Lunatic asylums Madras 1892-1911 - 1892-1911
Year: 1892
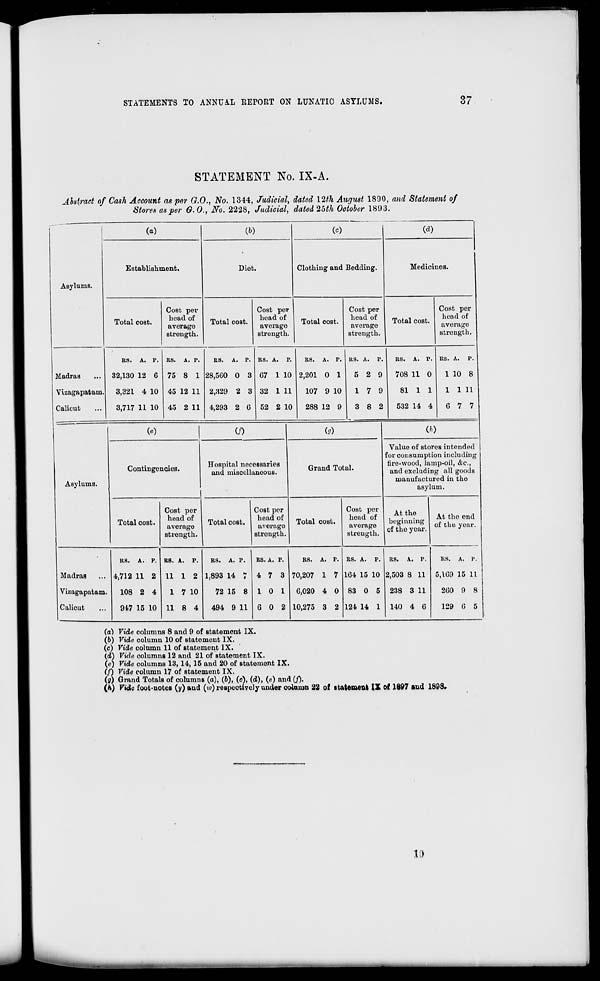
STATEMENTS TO ANNUAL REPORT ON LUNATIC ASYLUMS.
37
STATEMENT No. IX-A.
Abstract of Cash Account as per G.O., No. 1344, Judicial, dated 12th August 1890, and Statement of
Stores as per G.O., No. 2228, Judicial, dated 25th October 1893.
Asylums.
(o)
Establishment.
ifi)
Diet.
Total cost.
Cost per
head of
average
strength.
Total cost.
(<0
Clothing and Bedding.
(d)
Medicines.
Cost per
head of
average
strength.
Total cost.
Cost per
head of
average
strength.
Total cost.
Cost per
head of
average
strength.
Madras
Vizagapatam
Calicut
RS. A. P.
32,130 12 6
3,321 4 10
3,717 11 10
RS. A. p.
75 8 1
45 12 11
45 2 11
RS. A. p.
28.5G0 0 3
2,329 2 3
4,293 2 6
RS. A. P.
67 1 10
32 1 11
52 2 10
RS. A. p.
2,201 0 1
107 9 10
288 12 9
5 2 9
17 9
3 8 2
RS. A. p.
708 11 0
81 1 1
532 14 4
RS. A.
P.
1 10 8
1 1 11
G 7 7
(«)
CO
Asylums.
Contingencies.
Hospital necessaries
and miscellaneous.
(?)
00
Grand Total.
Total cost.
Cost por
head of
average
strength.
Total cost.
Cost per
head of
average
strongth.
Total cost.
Cost per
head of
average
strength.
Value of stores intended
for consumption including
fire-wood, lamp-oil, &c,
and excluding all goods
manufactured in the
asylum.
At the
beginning
of the yoar.
At the end
of the year.
Madras
Vizagapatam.
Calicut
RS. A. p.
4,712 11 2
108 2 4
947 15 10
R8. A. P.
11 1 2
1 7 10
11 8 4
RS. A. P.
RS. A. P.
1,893 14 7 4 7 3
72 15 8 10 1
494 9 11 G 0 2
RS. A. P.
70,207 1 7
6,020 4 0
10,275 3 2
RS. A.
p.
164 15 10
83 0 5
124 14 1
RS. A. P.
2,503 8 11
238 3 11
140 4 6
RS. A. P.
5,169 15 11
260 9 8
129 6 5
(a) Vide columns 8 and 9 of statement IX.
(6) Vide, column 10 of statement IX.
(c) Vide column 11 of statement IX.
(d) Vide columns 12 and 21 of statement IX.
(e) Vide columns 13, 14, 15 and 20 of statement IX.
(/) Vide column 17 of statement IX.
(g) Grand Totals of columns (a), (6), (c), (d), (e) and (/).
(h) Vide foot-notes (i/) and (w) respectively under column 22 of statement IX of 1897 and 1898.
10